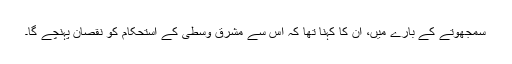
سمجھوتے کے بارے میں، اُن کا کہنا تھا کہ اِس سے مشرق وسطیٰ کے استحکام کو نقصان پہنچے گا۔